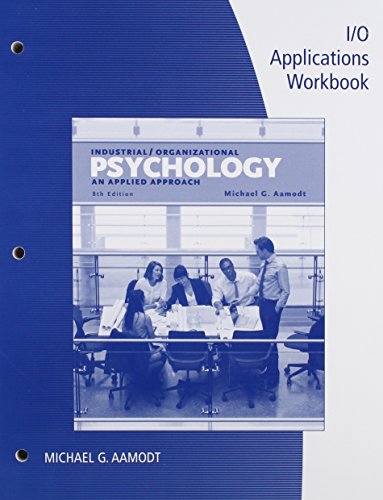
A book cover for I/O Applications WB Industrial/Organizational Psychology; Medical Books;